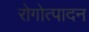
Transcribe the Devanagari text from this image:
रोगोत्पादन